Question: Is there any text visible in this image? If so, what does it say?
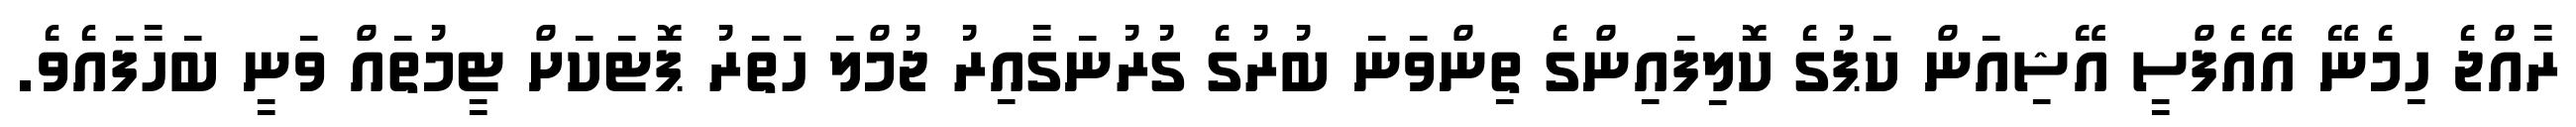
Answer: ރާއްޖެ ހިމެނޭ އޭއެފްސީ އޭޝިއަން ކަޕުގެ ކޮލިފައިންގެ ތިންވަނަ ބުރުގެ ގުރުނަގާއިރު ޖުމްލަ ހަތަރު ޕޮޓަކަށް ޓީމުތައް ވަނީ ބަހާފައެވެ.